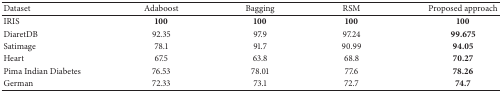
<table><thead><tr><td><b> Dataset </b></td><td><b> Adaboost</b></td><td><b> Bagging</b></td><td><b> RSM</b></td><td><b> Proposed approach</b></td></tr></thead><tbody><tr><td> IRIS </td><td><b>100</b></td><td><b>100</b></td><td><b>100</b></td><td><b>100</b></td></tr><tr><td> DiaretDB </td><td>92.35</td><td>97.9</td><td>97.24</td><td><b>99.675</b></td></tr><tr><td> Satimage </td><td>78.1</td><td>91.7</td><td>90.99</td><td><b>94.05</b></td></tr><tr><td> Heart </td><td>67.5</td><td>63.8</td><td>68.8</td><td><b>70.27</b></td></tr><tr><td> Pima Indian Diabetes</td><td>76.53</td><td>78.01</td><td>77.6</td><td><b>78.26</b></td></tr><tr><td> German </td><td>72.33</td><td>73.1</td><td>72.7</td><td><b>74.7</b></td></tr></tbody></table>